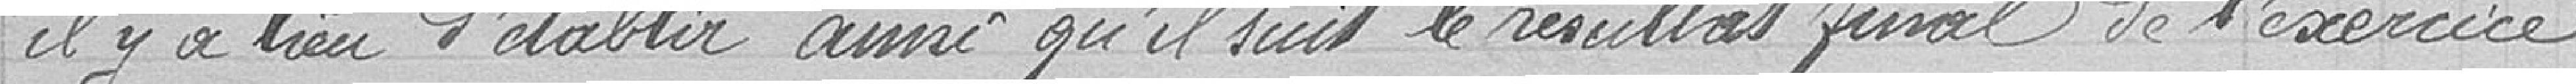
il y a lieu d'établir ainsi qu'il suit le résultat final de l'exercice